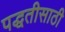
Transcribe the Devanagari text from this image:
पद्धतीसाठी